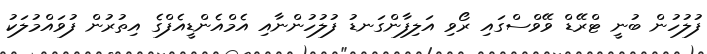
ފުލުހުން ބުނީ ޓްރޭޑް ވޭވްސްގައި ރޯވި އަލިފާންގަނޑު ފުލުހުންނާއި އެމްއެންޑީއެފްގެ އިތުރުން ފުވައްމުލަކު